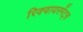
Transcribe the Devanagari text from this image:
रिक्वायरमेंट्स